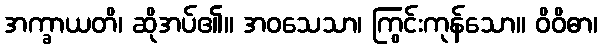
အက္ခာယတိ၊ ဆိုအပ်၏။ အဝသေသာ၊ ကြွင်းကုန်သော။ ဝိဝိဓာ၊